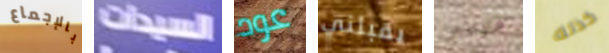
بالإجماع السيدات عود يقبلني فاراداي كذلك